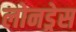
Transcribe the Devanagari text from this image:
लोनड्रेस